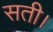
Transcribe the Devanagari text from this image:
सती।